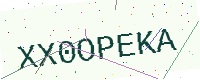
Text: XX0OPEKA